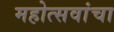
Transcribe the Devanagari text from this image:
महोत्सवांचा